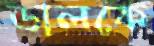
ডালকে